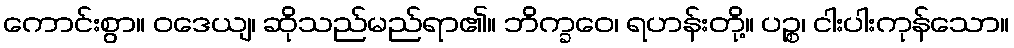
ကောင်းစွာ။ ဝဒေယျ၊ ဆိုသည်မည်ရာ၏။ ဘိက္ခဝေ၊ ရဟန်းတို့။ ပဉ္စ၊ ငါးပါးကုန်သော။